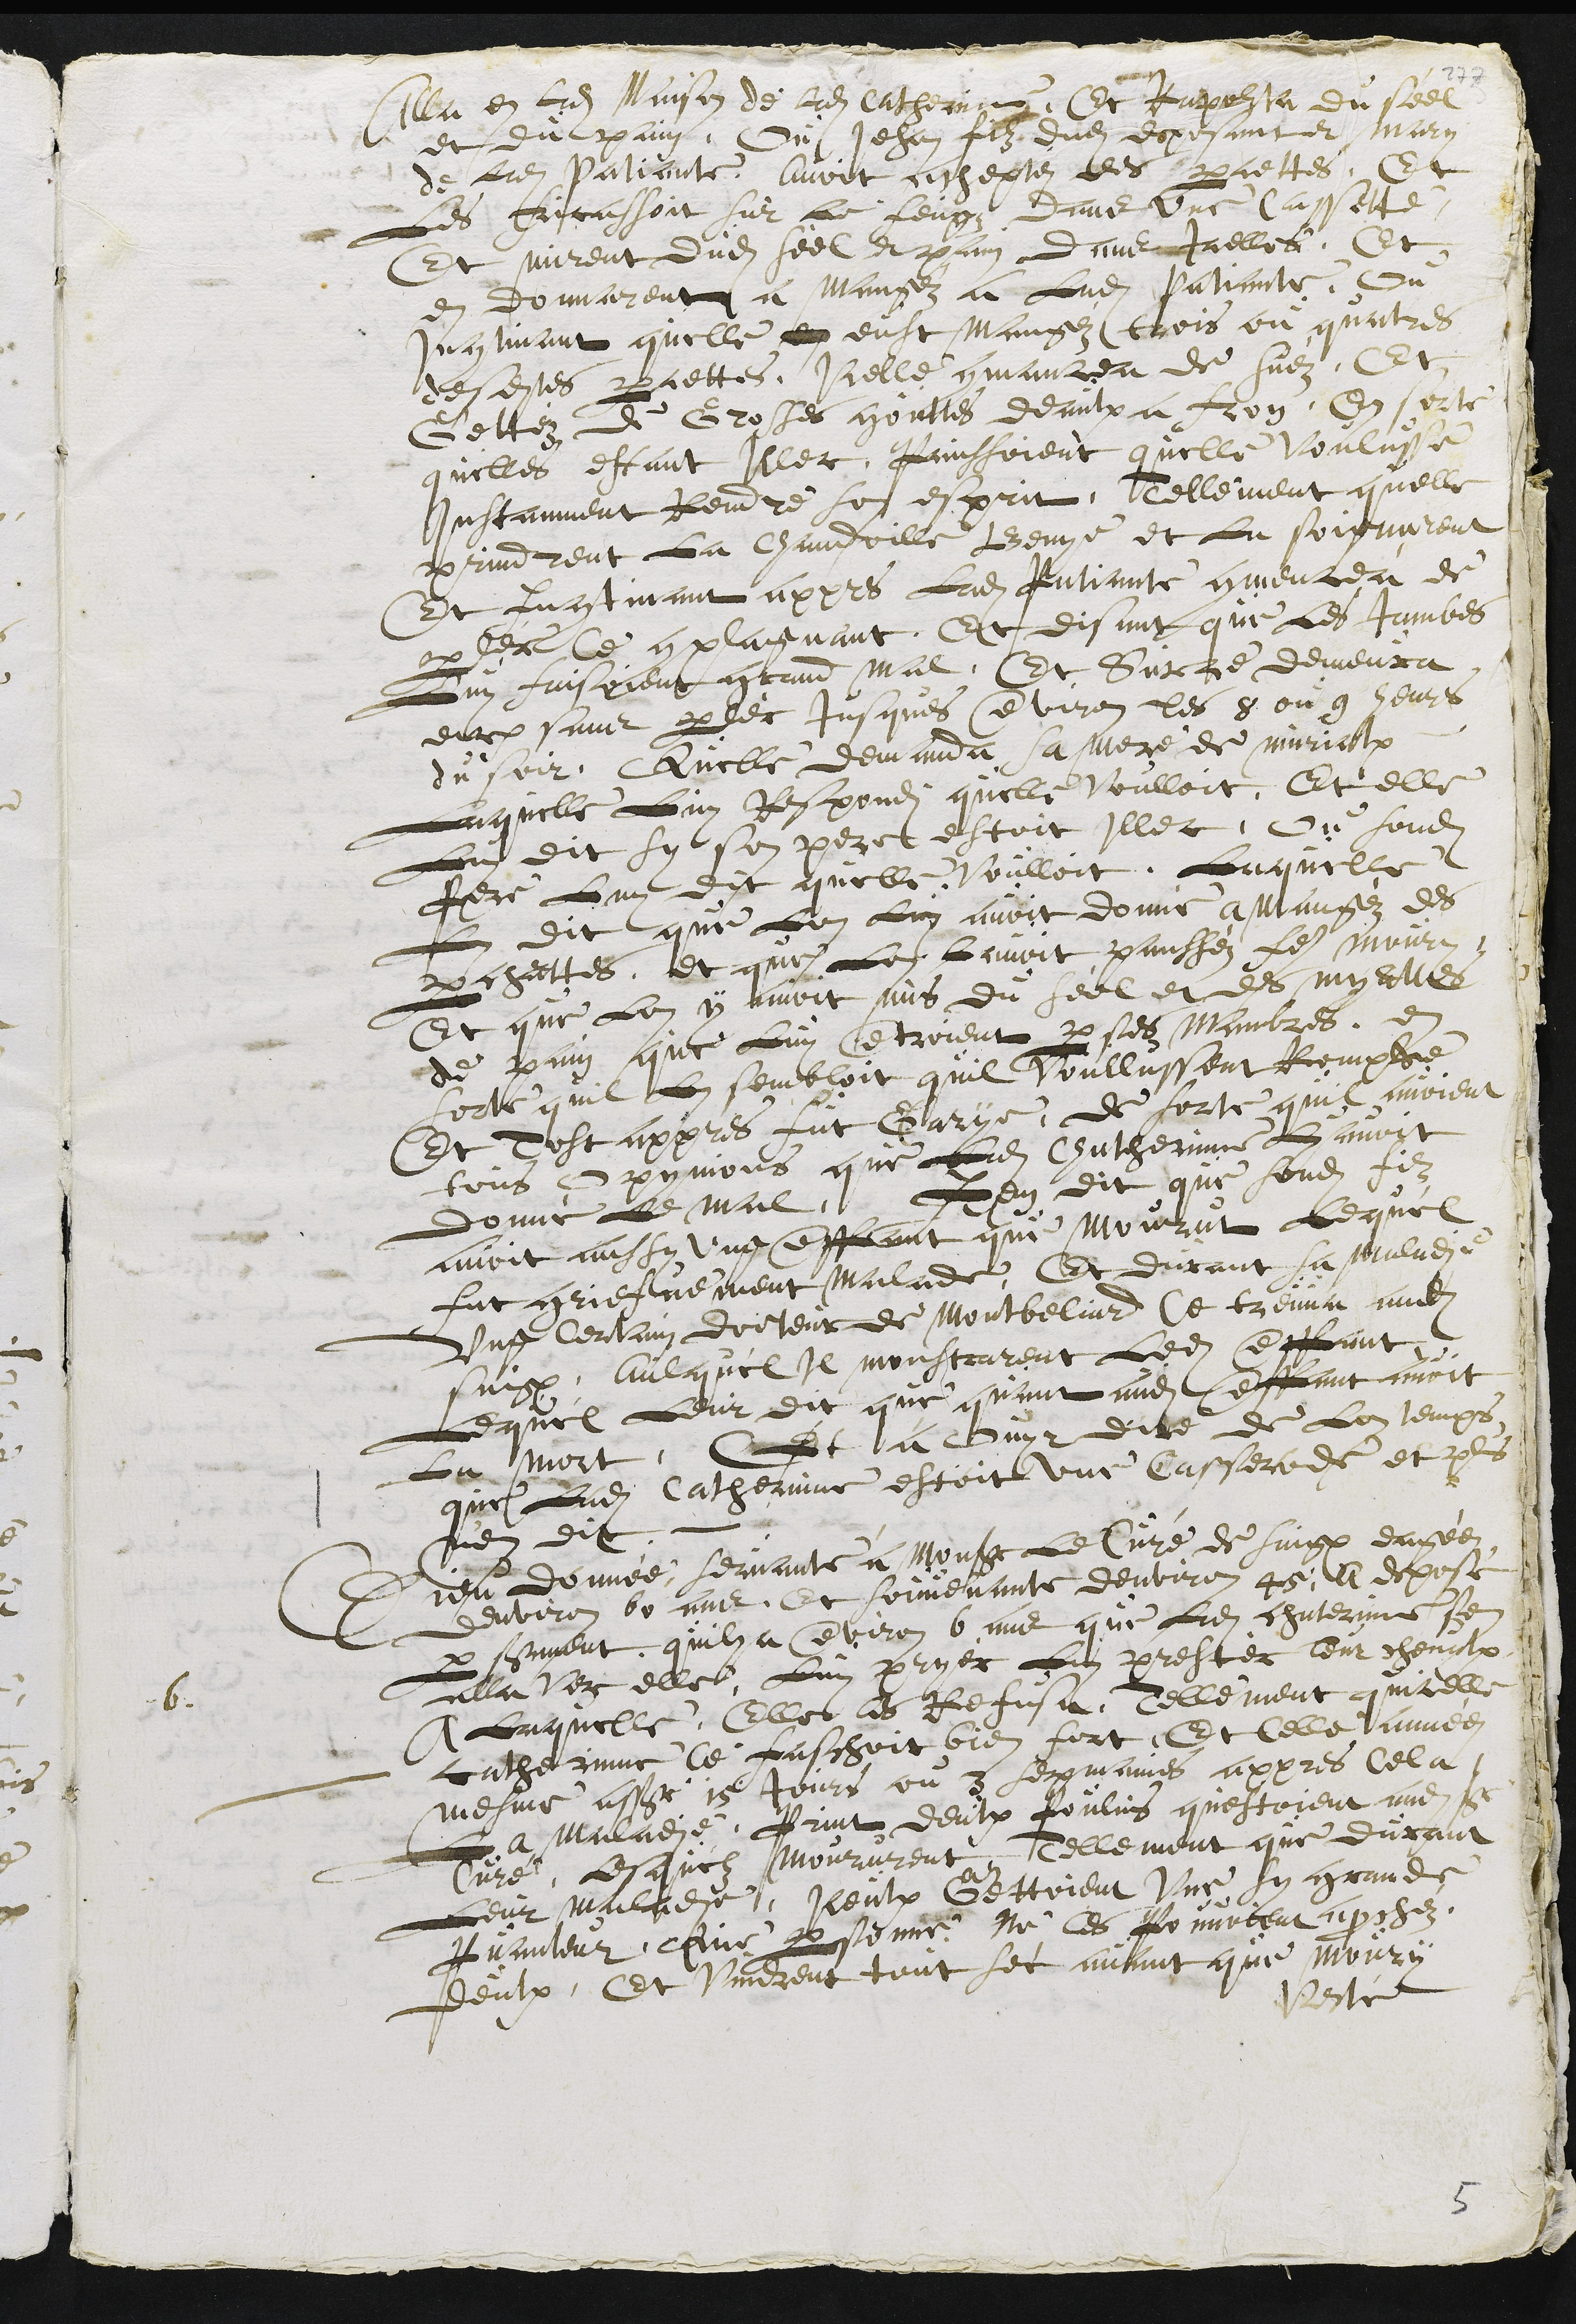
Alla en Ladite Maison de Ladite Catherinne, Et Raporta du seel
et du pain, Ou Jehan filz dudit deposant et mary
de Ladite patiante, avoit acheptéz des percettes, Et
les fricassoit sur Le feugz dans une Cassette,
Et mirent dudit seel et pain dans Icelles, Et
en donnarent a mangéz a Ladite patiante. Ou
Incontiant quelle en eust mangéz trois ou quatres
desdites percettes, Icelle commancea de suéz. Et
Gettéz de Grosses gouttes deaulx a fron, En sorte
quelles estant Illec, painssoient quelle voulusse
Instanment Rendre son esprit, Tellement quelle
prindrent La Chandoille Benye et la soignarent
Et Incontinant appres Ladite patiante commencea de
parler Ce complagnant, Et disant que Les Jambes
Luy faisoient grand mal, Et Sur ce demeura
encore sans parler Jusques environ les 8 ou 9 heurs
du soir, Quelle demanda sa mere de murialx
Laquelle Luy Respondi quelle voulloit, Et elle
Luy dit sy son pere estoit Illec, Ou sondit
pere Luy dit quelle voulloit. Laquelle
Luy dit que Lon Luy avoit donné a mangéz des
perchattes, et que Lon Lavoit pansséz faire mourir,
Et que Lon y avoit mis du seel et des myattes
de pain que Luy entroient par ses mambres, en
sorte quil Luy sembloit quil voullussent Rompre
Et Tost appres fut Garys, en sorte quil avoient
tous Opynions que Ladite Chatherine Luy avoit
donné le mal. Item dit que sondit filz
avoit aussy ung enffant que mourut Lequel
fut griefvement malade, Et durant sa maladie
ung Certain docteur de Montbeliard Ce treuva audit
Saignelégier, aulquel Il monstrarent Ledit enffant
Lequel Leur dit que quant audit enffant avoit
La mort. Cest a Ouyr dire de Lon temps
que Ladite Catherinne estoit une casserode et plus
n'en dit.
6.
Dieudonnée, servante à Monsieur le Curé de Saignelégier eagée
denviron 60 ans, Et souvenante denviron 45, a deposé
par serment quil y a environ 6 ans que Ladite chaterinne sen
alla ver elle, Luy pryer Luy prester leur chevalx
A Laquelle Elle Ce refusa, Tellement quicelle
catherinne Ce faschoit bien fort, Et Celle annee
mesme assûrément 15 Jours ou 3 sepmaines appres Cela,
La maladie print deulx poulins questoient audit Sieur
Curé, lesquelz moururent, Tellement que durant
leur maladie, Iceulx Gettoient une sy grande
Puanteur, que personne ne Ce pouvoient aprochéz
deulx, Et vindrent tout sec avant que Moury
Verté